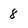
Character: 8